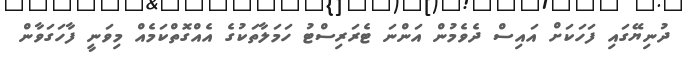
ދުނިޔޭގައި ފަހަކަށް އައިސް ދެވެމުން އަންނަ ޓެރަރިސްޓު ހަމަލާތަކުގެ އެއްގޮތްކަމެއް މިވަނީ ފާހަގަވާން